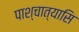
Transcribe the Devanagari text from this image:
पाश्चात्यासि